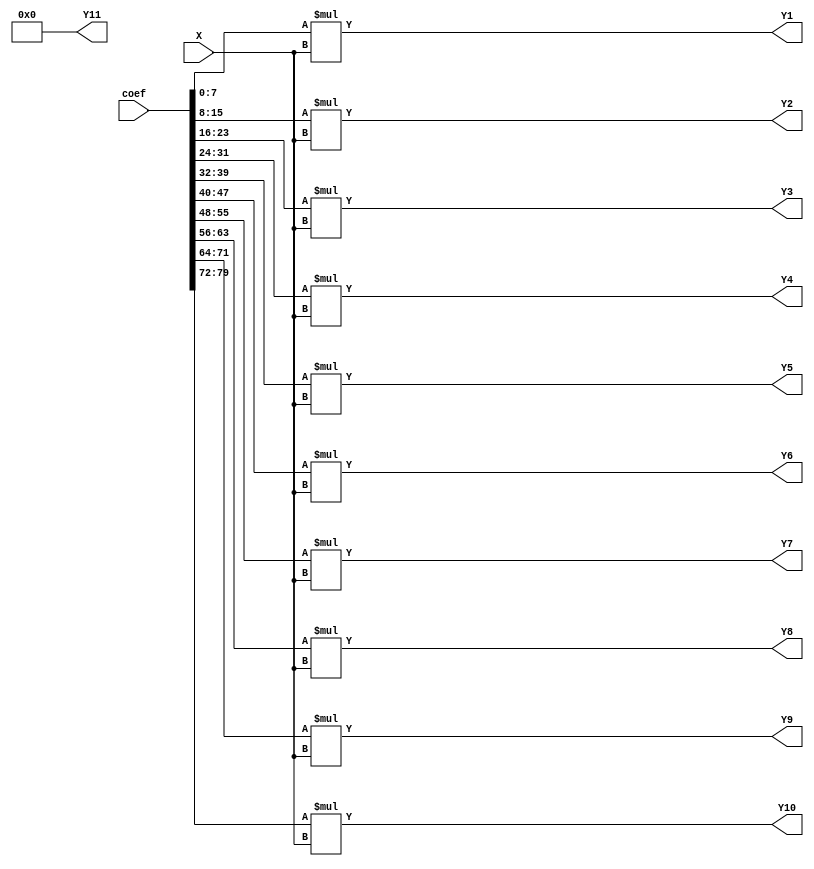
/*------------------------------------------------------------------------------
 * This code was generated by Spiral IIR Filter Generator, www.spiral.net
 * Copyright (c) 2006, Carnegie Mellon University
 * All rights reserved.
 * The code is distributed under a BSD style license
 * (see http://www.opensource.org/licenses/bsd-license.php)
 *------------------------------------------------------------------------------ */
/* ./iirGen.pl -A 256 0 378 0 179 0 32 0 2 0 0 0 -B 0 4 22 68 136 191 191 136 68 22 4 0 -moduleName acm_filter -fractionalBits 8 -bitWidth 32 -inData inData -inReg -outReg -outData outData -clk clk -reset reset -reset_edge negedge -filterForm 1 -outFile ../outputs/filter_1527972961.v */
/* Warning: zero-valued filter taps have been optimized away. */

module acm_filter_firBlock_left_MultiplyBlock (
    X,
    coef,
    Y1,
    Y2,
    Y3,
    Y4,
    Y5,
    Y6,
    Y7,
    Y8,
    Y9,
    Y10,
    Y11
);

  // Port mode declarations:
  input signed   [31:0] X;
  input wire     [79:0] coef;
  output signed  [31:0]
    Y1,
    Y2,
    Y3,
    Y4,
    Y5,
    Y6,
    Y7,
    Y8,
    Y9,
    Y10,
    Y11;

  wire [31:0] Y [0:10];

  assign Y1 = Y[0];
  assign Y2 = Y[1];
  assign Y3 = Y[2];
  assign Y4 = Y[3];
  assign Y5 = Y[4];
  assign Y6 = Y[5];
  assign Y7 = Y[6];
  assign Y8 = Y[7];
  assign Y9 = Y[8];
  assign Y10 = Y[9];
  assign Y11 = Y[10];

  //Multipliers:

  wire signed [39:0]
    w1,
    w0,
    w16,
    w17,
    w4,
    w3,
    w8,
    w11,
    w192,
    w191,
    w22,
    w68,
    w136;

  assign w1 = X;
  assign w0 = 0;
  assign w11 = w3 + w8;
  assign w136 = w17 << 3;
  assign w16 = w1 << 4;
  assign w17 = w1 + w16;
  assign w191 = w192 - w1;
  assign w192 = w3 << 6;
  assign w22 = w11 << 1;
  assign w3 = w4 - w1;
  assign w4 = w1 << 2;
  assign w68 = w17 << 2;
  assign w8 = w1 << 3;

  assign Y[0]  =  coef[7:0]*X; //w4[39:8];
  assign Y[1]  =  coef[15:8]*X; //w22[39:8];
  assign Y[2]  =  coef[23:16]*X; //w68[39:8];
  assign Y[3]  =  coef[31:24]*X; //w136[39:8];
  assign Y[4]  =  coef[39:32]*X; //w191[39:8];
  assign Y[5]  =  coef[47:40]*X; //w191[39:8];
  assign Y[6]  =  coef[55:48]*X; //w136[39:8];
  assign Y[7]  =  coef[63:56]*X; //w68[39:8];
  assign Y[8]  =  coef[71:64]*X; //w22[39:8];
  assign Y[9]  =  coef[79:72]*X; //w4[39:8];
  assign Y[10] =  w0[39:8];

  //acm_filter_firBlock_left_MultiplyBlock area estimate = 9360.48955432647;
endmodule //acm_filter_firBlock_left_MultiplyBlock




module acm_filter_firBlock_left (
    X,
    coef,
    clk,
    Y,
    reset
);

  // Port mode declarations:
  input   [31:0] X;
  input   [79:0] coef;
  input    clk;
  output  [31:0] Y;
  input    reset;

  //registerOut
  reg [31:0] Y;
  wire [31:0] Y_in;

  always@(posedge clk or negedge reset) begin
    if(~reset) begin
      Y <= 32'h00000000;
    end  else begin
      Y <= Y_in;
    end
  end

  wire [31:0] multProducts [0:10];

  acm_filter_firBlock_left_MultiplyBlock my_acm_filter_firBlock_left_MultiplyBlock(
    .X(X),
    .coef(coef),
    .Y1(multProducts[0]),
    .Y2(multProducts[1]),
    .Y3(multProducts[2]),
    .Y4(multProducts[3]),
    .Y5(multProducts[4]),
    .Y6(multProducts[5]),
    .Y7(multProducts[6]),
    .Y8(multProducts[7]),
    .Y9(multProducts[8]),
    .Y10(multProducts[9]),
    .Y11(multProducts[10])
  );

  reg [31:0] firStep[0:9];

  always@(posedge clk or negedge reset) begin
    if(~reset) begin
      firStep[0] <= 32'h00000000;
      firStep[1] <= 32'h00000000;
      firStep[2] <= 32'h00000000;
      firStep[3] <= 32'h00000000;
      firStep[4] <= 32'h00000000;
      firStep[5] <= 32'h00000000;
      firStep[6] <= 32'h00000000;
      firStep[7] <= 32'h00000000;
      firStep[8] <= 32'h00000000;
      firStep[9] <= 32'h00000000;
    end
    else begin
      firStep[0] <=  multProducts[0];
      firStep[1] <=  firStep[0] + multProducts[1];
      firStep[2] <=  firStep[1] + multProducts[2];
      firStep[3] <=  firStep[2] + multProducts[3];
      firStep[4] <=  firStep[3] + multProducts[4];
      firStep[5] <=  firStep[4] + multProducts[5];
      firStep[6] <=  firStep[5] + multProducts[6];
      firStep[7] <=  firStep[6] + multProducts[7];
      firStep[8] <=  firStep[7] + multProducts[8];
      firStep[9] <=  firStep[8] + multProducts[9];
    end
  end

  assign Y_in = firStep[9]+ multProducts[10];
  //acm_filter_firBlock_left area estimate = 56049.8412354117;
endmodule //acm_filter_firBlock_left



/* Warning: zero-valued filter taps have been optimized away. */

module acm_filter_firBlock_right_MultiplyBlock (
    X,
    Y1,
    Y2,
    Y3,
    Y4,
    Y5,
    Y6,
    Y7,
    Y8
);

  // Port mode declarations:
  input signed   [31:0] X;
  output signed  [31:0]
    Y1,
    Y2,
    Y3,
    Y4,
    Y5,
    Y6,
    Y7,
    Y8;

  wire [31:0] Y [0:7];

  assign Y1 = Y[0];
  assign Y2 = Y[1];
  assign Y3 = Y[2];
  assign Y4 = Y[3];
  assign Y5 = Y[4];
  assign Y6 = Y[5];
  assign Y7 = Y[6];
  assign Y8 = Y[7];

  //Multipliers:

  wire signed [39:0]
    w1,
    w0,
    w4,
    w3,
    w192,
    w189,
    w5,
    w10,
    w179,
    w2,
    w2_,
    w32,
    w32_,
    w179_,
    w378,
    w378_;

  assign w1 = X;
  assign w0 = 0;
  assign w10 = w5 << 1;
  assign w179 = w189 - w10;
  assign w179_ = -1 * w179;
  assign w189 = w192 - w3;
  assign w192 = w3 << 6;
  assign w2 = w1 << 1;
  assign w2_ = -1 * w2;
  assign w3 = w4 - w1;
  assign w32 = w1 << 5;
  assign w32_ = -1 * w32;
  assign w378 = w189 << 1;
  assign w378_ = -1 * w378;
  assign w4 = w1 << 2;
  assign w5 = w1 + w4;

  assign Y[0] = w2_[39:8];
  assign Y[1] = w0[39:8];
  assign Y[2] = w32_[39:8];
  assign Y[3] = w0[39:8];
  assign Y[4] = w179_[39:8];
  assign Y[5] = w0[39:8];
  assign Y[6] = w378_[39:8];
  assign Y[7] = w0[39:8];

  //acm_filter_firBlock_right_MultiplyBlock area estimate = 16402.4783787809;
endmodule //acm_filter_firBlock_right_MultiplyBlock




module acm_filter_firBlock_right (
    X,
    clk,
    Y,
    reset
);

  // Port mode declarations:
  input   [31:0] X;
  input    clk;
  output  [31:0] Y;
  input    reset;

  //registerOut
  reg [31:0] Y;
  wire [31:0] Y_in;

  always@(posedge clk or negedge reset) begin
    if(~reset) begin
      Y <= 32'h00000000;
    end  else begin
      Y <= Y_in;
    end
  end

  wire [31:0] multProducts [0:7];

  acm_filter_firBlock_right_MultiplyBlock my_acm_filter_firBlock_right_MultiplyBlock(
    .X(X),
    .Y1(multProducts[0]),
    .Y2(multProducts[1]),
    .Y3(multProducts[2]),
    .Y4(multProducts[3]),
    .Y5(multProducts[4]),
    .Y6(multProducts[5]),
    .Y7(multProducts[6]),
    .Y8(multProducts[7])
  );

  reg [31:0] firStep[0:6];

  always@(posedge clk or negedge reset) begin
    if(~reset) begin
      firStep[0] <= 32'h00000000;
      firStep[1] <= 32'h00000000;
      firStep[2] <= 32'h00000000;
      firStep[3] <= 32'h00000000;
      firStep[4] <= 32'h00000000;
      firStep[5] <= 32'h00000000;
      firStep[6] <= 32'h00000000;
    end
    else begin
      firStep[0] <=  multProducts[0];
      firStep[1] <=  firStep[0] + multProducts[1];
      firStep[2] <=  firStep[1] + multProducts[2];
      firStep[3] <=  firStep[2] + multProducts[3];
      firStep[4] <=  firStep[3] + multProducts[4];
      firStep[5] <=  firStep[4] + multProducts[5];
      firStep[6] <=  firStep[5] + multProducts[6];
    end
  end

  assign Y_in = firStep[6]+ multProducts[7];
  //acm_filter_firBlock_right area estimate = 42574.5943051662;
endmodule //acm_filter_firBlock_right




module IIR_filter (
    inData,
    coef_l,
    clk,
    outData,
    reset
);

  // Port mode declarations:
  input   [31:0] inData;
  input   [79:0] coef_l;
  input    clk;
  output  [31:0] outData;
  input    reset;

  //registerIn
  reg [31:0] inData_in;

  always@(posedge clk or negedge reset) begin
    if(~reset) begin
      inData_in <= 32'h00000000;
    end  else begin
      inData_in <= inData;
    end
  end

  //registerOut
  reg [31:0] outData;
  wire [31:0] outData_in;

  always@(posedge clk or negedge reset) begin
    if(~reset) begin
      outData <= 32'h00000000;
    end  else begin
      outData <= outData_in;
    end
  end

  wire [31:0] leftOut, rightOut;

  acm_filter_firBlock_left my_acm_filter_firBlock_left(
    .X(inData_in),
    .coef(coef_l),
    .Y(leftOut),
    .clk(clk),
    .reset(reset)
);

  acm_filter_firBlock_right my_acm_filter_firBlock_right(
    .X(outData_in),
    .Y(rightOut),
    .clk(clk),
    .reset(reset)
);

  assign outData_in = leftOut + rightOut;

  //acm_filter area estimate = 105716.320536651;
endmodule //acm_filter